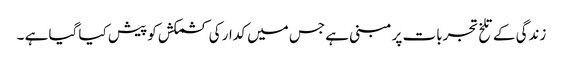
زندگی کے تلخ تجربات پر مبنی ہے جس میں کدار کی کشمکش کو پیش کیا گیا ہے ۔